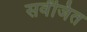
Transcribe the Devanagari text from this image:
सर्वंजित